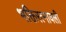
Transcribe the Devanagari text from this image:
भक्तिरत्नावली